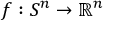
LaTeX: f : S ^ { n } \to \mathbb { R } ^ { n }